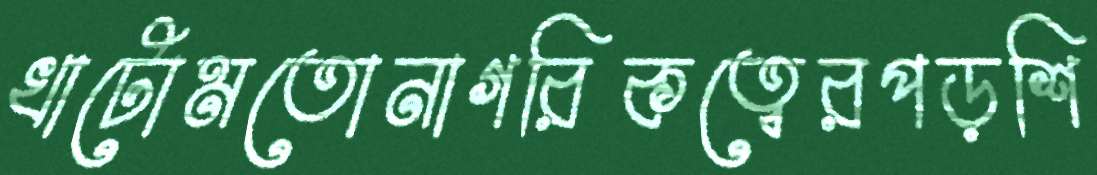
খাটোমতোনাগরিকত্বেরপড়শি